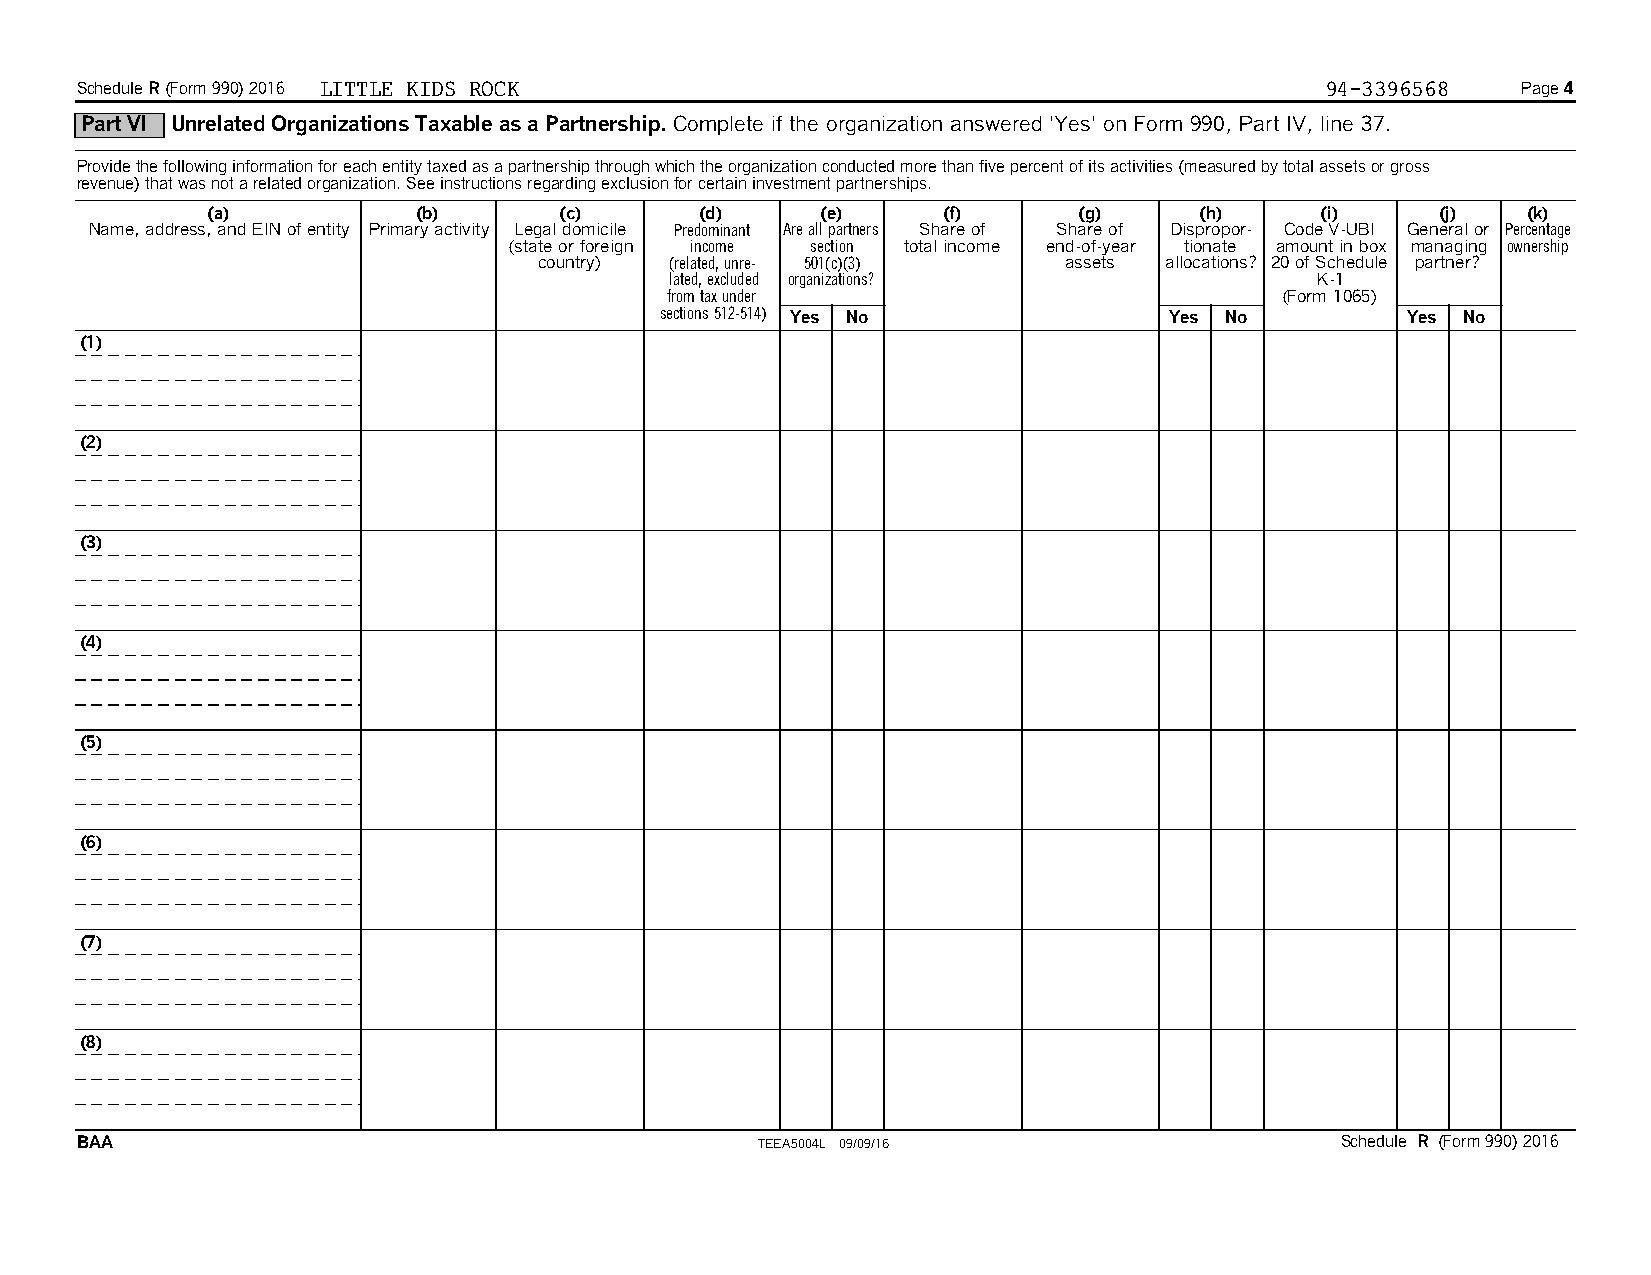
Schedule R(Form 990) 2016 LITTLE KIDS ROCK                                         94-3396568   Page 4
 Part VI Unrelated Organizations Taxable as a Partnership. Complete if the organization answered 'Yes' on Form 990, Part IV, line 37.
 Provide the following information for each entity taxed as a partnership through which the organization conducted more than five percent of its activities (measured by total assets or gross
 revenue) that was not a related organization. See instructions regarding exclusion for certain investment partnerships.
 (a)           (b)      (c)      (d)     (e)     (f)      (g)     (h)     (i)     (j)   (k)
 Name, address, and EIN of entity Primary activity Legal domicile Predominant Are all partners Share of Share of Dispropor- Code V-UBI General or Percentage
 (state or foreign income section total income end-of-year tionate amount in box managing ownership
 country) (related, unre- 501(c)(3) assets allocations? 20 of Schedule partner?
 lated, excluded organizations?             K-1
 from tax under                           (Form 1065)
 sections 512-514) Yes No         Yes No          Yes No
 (1)
 (2)
 (3)
 (4)
 (5)
 (6)
 (7)
 (8)
 BAA                                          TEEA5004L 09/09/16                     Schedule R (Form 990) 2016